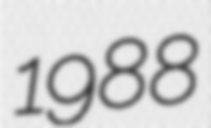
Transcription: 1988